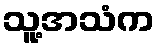
သူ့အသံက